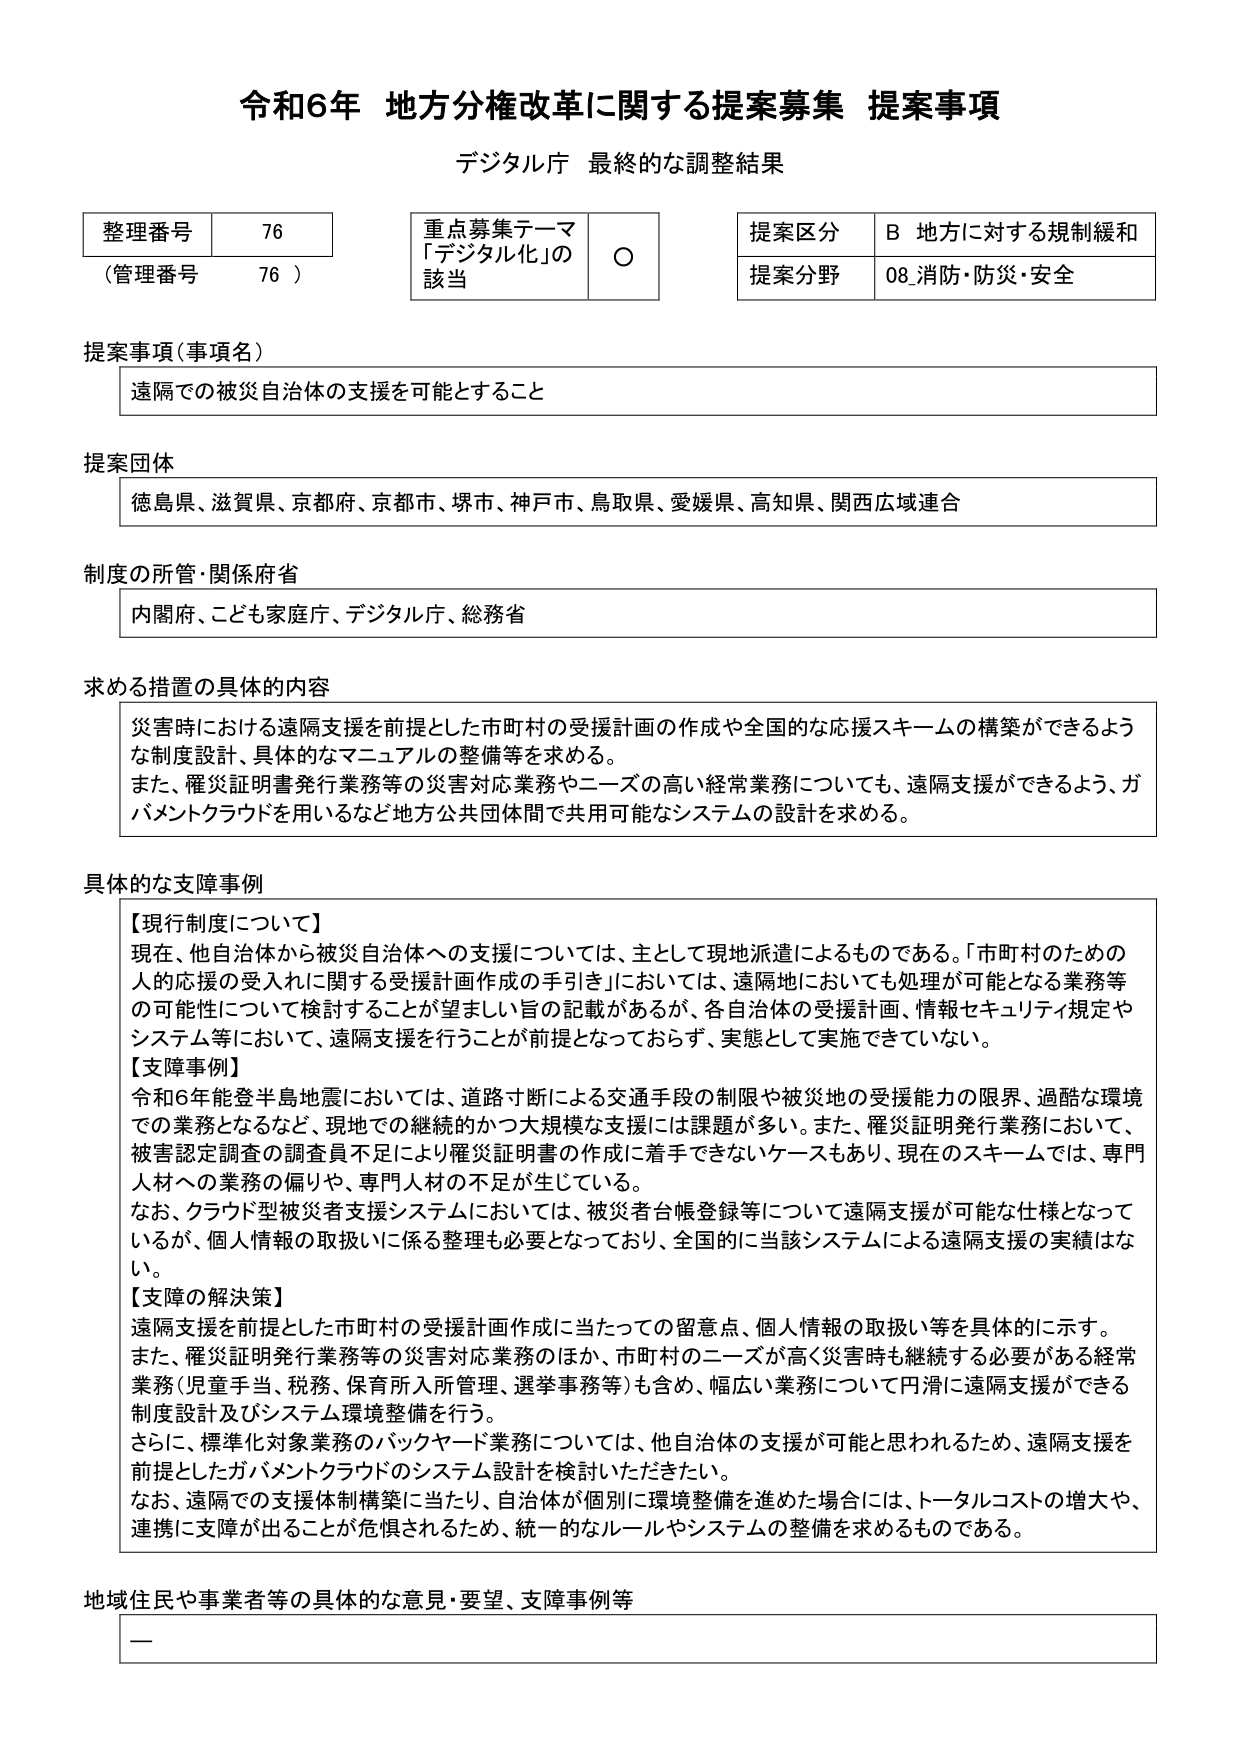
令和6年 地方分権改革に関する提案募集 提案事項
デジタル庁 最終的な調整結果

整理番号 76
（管理番号 76）

重点募集テーマ
「デジタル化」の該当 ○

提案区分 B 地方に対する規制緩和
提案分野 08 消防・防災・安全

提案事項（事項名）
遠隔での被災自治体の支援を可能とすること

提案団体
徳島県、滋賀県、京都府、京都市、堺市、神戸市、鳥取県、愛媛県、高知県、関西広域連合

制度の所管・関係府省
内閣府、こども家庭庁、デジタル庁、総務省

求める措置の具体的内容
災害時における遠隔支援を前提とした市町村の受援計画の作成や全国的な応援スキームの構築ができるような制度設計、具体的なマニュアルの整備等を求める。
また、罹災証明書発行業務等の災害対応業務やニーズの高い経常業務についても、遠隔支援ができるよう、ガバメントクラウドを用いるなど地方公共団体間で共用可能なシステムの設計を求める。

具体的な支障事例
【現行制度について】
現在、他自治体から被災自治体への支援については、主として現地派遣によるものである。「市町村のための人的応援の受入れに関する受援計画作成の手引き」においては、遠隔地においても処理が可能となる業務等の可能性について検討することが望ましい旨の記載があるが、各自治体の受援計画、情報セキュリティ規定やシステム等において、遠隔支援を行うことが前提となっておらず、実態として実施できていない。
【支障事例】
令和6年能登半島地震においては、道路寸断による交通手段の制限や被災地の受援能力の限界、過酷な環境での業務となるなど、現地での継続的かつ大規模な支援には課題が多い。また、罹災証明発行業務において、被害認定調査の調査員不足により罹災証明書の作成に着手できないケースもあり、現在のスキームでは、専門人材への業務の偏りや、専門人材の不足が生じている。
なお、クラウド型被災者支援システムにおいては、被災者台帳登録等について遠隔支援が可能な仕様となっているが、個人情報の取扱いに係る整理も必要となっており、全国的に当該システムによる遠隔支援の実績はない。
【支障の解決策】
遠隔支援を前提とした市町村の受援計画作成に当たっての留意点、個人情報の取扱い等を具体的に示す。
また、罹災証明発行業務等の災害対応業務のほか、市町村のニーズが高く災害時も継続する必要がある経常業務（児童手当、税務、保育所入所管理、選挙事務等）も含め、幅広い業務について円滑に遠隔支援ができる制度設計及びシステム環境整備を行う。
さらに、標準化対象業務のバックヤード業務については、他自治体の支援が可能と思われるため、遠隔支援を前提としたガバメントクラウドのシステム設計を検討いただきたい。
なお、遠隔での支援体制構築に当たり、自治体が個別に環境整備を進めた場合には、トータルコストの増大や、連携に支障が出ることが危惧されるため、統一的なルールやシステムの整備を求めるものである。

地域住民や事業者等の具体的な意見・要望、支障事例等
—